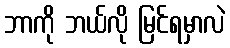
ဘာကို ဘယ်လို မြင်ရမှာလဲ